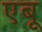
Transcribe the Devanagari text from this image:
एबू